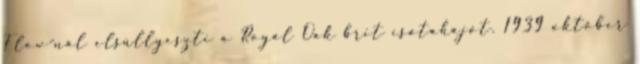
Flow-nál elsüllyeszti a Royal Oak brit csatahajót. 1939 október